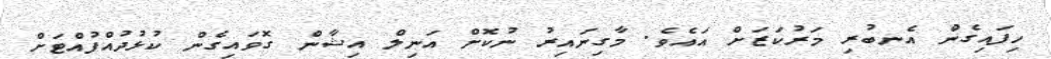
ހިފައިގެން އެނބުރި މަރުކަޒަށް އައެވެ. މާގިނައިރު ނުކޮށް އަނިލް އިޝާން ގޮވައިގެން ކުޅުދުއްފުއްޓަށް